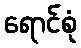
ရောင်စုံ